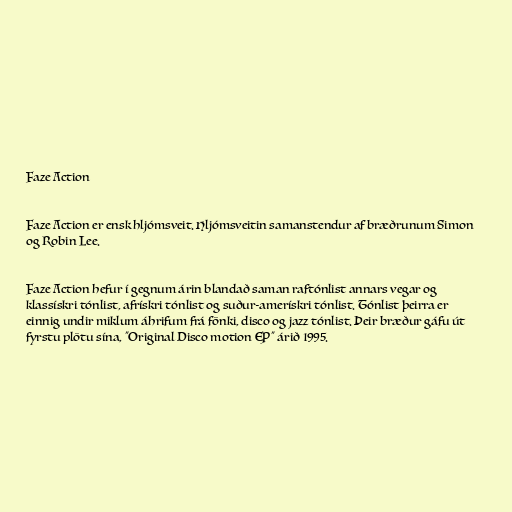
Faze Action

Faze Action er ensk hljómsveit. Hljómsveitin samanstendur af bræðrunum Simon
og Robin Lee.

Faze Action hefur í gegnum árin blandað saman raftónlist annars vegar og
klassískri tónlist, afrískri tónlist og suður-amerískri tónlist. Tónlist þeirra er
einnig undir miklum áhrifum frá fönki, disco og jazz tónlist. Þeir bræður gáfu út
fyrstu plötu sína, "Original Disco motion EP" árið 1995.